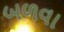
બળવા